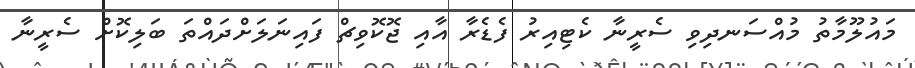
މައުލޫމާތު މުއްސަނދިވި ސެރީނާ ކެޓިއިރު ފެޑެރާ އާއި ޖޮކޮވިޗް ފައިނަލަށްދައްތަ ބަލިކޮށް ސެރީނާ